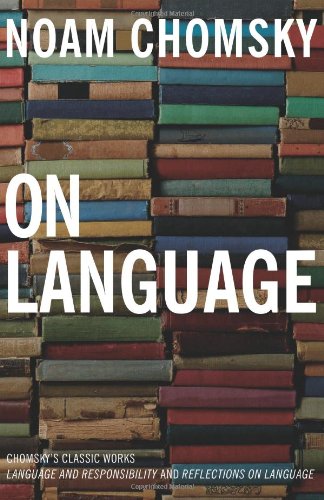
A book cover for On Language: Chomsky's Classic Works Language and Responsibility and Reflections on Language in One Volume; Noam Chomsky; Politics & Social Sciences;